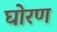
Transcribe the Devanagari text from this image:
घोरण